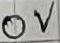
Text: 0V